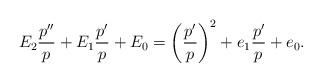
LaTeX: \begin{align*} E_2 \frac{p''}{p} + E_1 \frac{p'}{p} + E_0 = \left( \frac{p'}{p} \right)^2 + e_1 \frac{p'}{p} + e_0 .\end{align*}